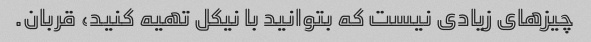
چیزهای زیادی نیست که بتوانید با نیکل تهیه کنید، قربان.